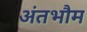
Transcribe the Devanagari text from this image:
अंतभौम